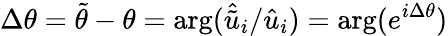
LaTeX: \Delta\theta=\tilde{\theta}-\theta=\mathrm{arg}(\hat{\tilde{u}}_{i}/\hat{{u}}_{i})=\mathrm{arg}(e^{i\Delta\theta})